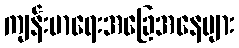
ကျန်းမာရေးအခြေအနေများ